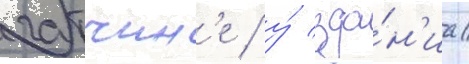
гатчин'е / у́ зда́н'иа